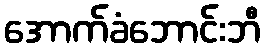
အောက်ခံဘောင်းဘီ